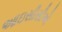
આઇસીસીએ